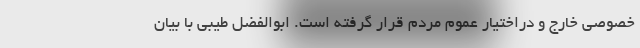
خصوصی خارج و دراختیار عموم مردم قرار گرفته است. ابوالفضل طیبی با بیان